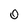
Character: 0